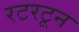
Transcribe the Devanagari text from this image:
रटरटून